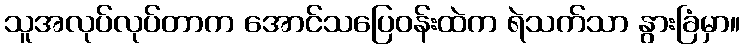
သူအလုပ်လုပ်တာက အောင်သပြေဝန်းထဲက ရဲသက်သာ နွားခြံမှာ။